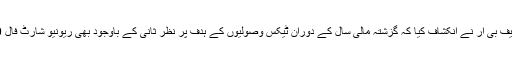
دستاویز کے مطابق چیئرمین ایف بی آر نے انکشاف کیا کہ گزشتہ مالی سال کے دوران ٹیکس وصولیوں کے ہدف پر نظر ثانی کے باوجود بھی ریونیو شارٹ فال 169ارب روپے سے زائد رہا۔